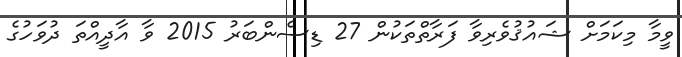
ވީމާ މިކަމަށް ޝައުޤުވެރިވާ ފަރާތްތަކުން 27 ޑިސެންބަރު 2015 ވާ އާދީއްތަ ދުވަހުގެ